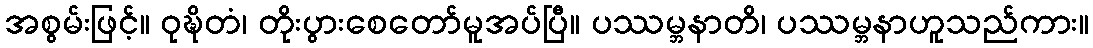
အစွမ်းဖြင့်။ ဝုဍ္ဎိတံ၊ တိုးပွားစေတော်မူအပ်ပြီ။ ပဿမ္ဘနာတိ၊ ပဿမ္ဘနာဟူသည်ကား။